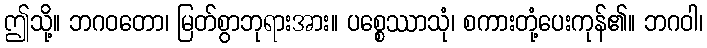
ဤသို့။ ဘဂဝတော၊ မြတ်စွာဘုရားအား။ ပစ္စေဿာသုံ၊ စကားတုံ့ပေးကုန်၏။ ဘဂဝါ၊